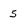
Character: 5